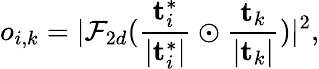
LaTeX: o_{i,k}=\lvert\mathcal{F}_{2d}(\frac{\mathbf{t}_{i}^{*}}{\lvert\mathbf{t}_{i}^{*}\rvert}\odot\frac{\mathbf{t}_{k}}{\lvert\mathbf{t}_{k}\rvert})\rvert^{2},